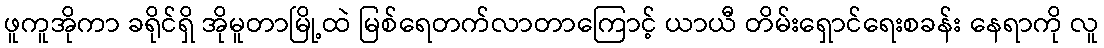
ဖူကူအိုကာ ခရိုင်ရှိ အိုမူတာမြို့ထဲ မြစ်ရေတက်လာတာကြောင့် ယာယီ တိမ်းရှောင်ရေးစခန်း နေရာကို လူ